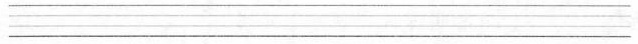
___